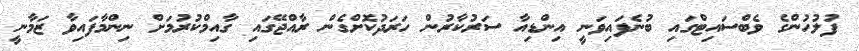
ފުލުހުންގެ ވެބްސައިޓްގައި ބުނެފައިވަނީ އިންޑިއާ ސަރުކާރުން ހަރަދުކޮށްގެން ރާއްޖޭގައި ގާއިމްކުރުމަށް ނިންމާފައިވާ ޒަމާނީ